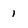
Character: 1